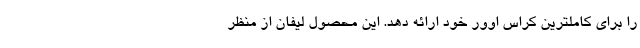
را برای کاملترین کراس اوور خود ارائه دهد. این محصول لیفان از منظر